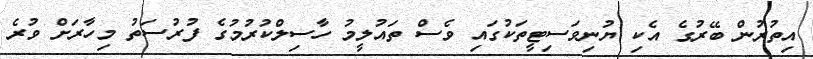
އިތުރުން ބޭރުގެ އެކި ޔުނިވަސިޓީތަކުގައި ވެސް ތައުލީމު ހާސިލްކުރުމުގެ ފުރުސަތު މިހާރަށް ވުރެ